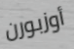
أوزبورن